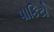
પાકિટો